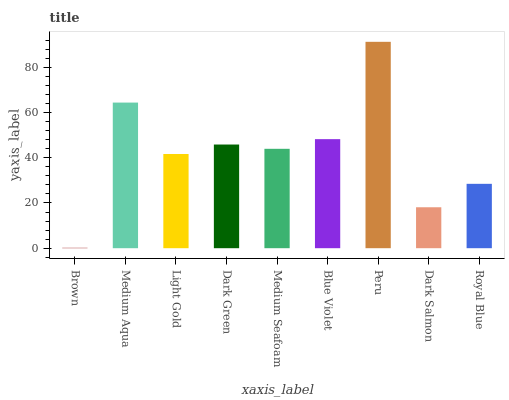
| xaxis_label | bars |
 | --- | --- |
 | Brown | 0.18 |
 | Medium Aqua | 64.4 |
 | Light Gold | 41.7 |
 | Dark Green | 45.9 |
 | Medium Seafoam | 44 |
 | Blue Violet | 48.3 |
 | Peru | 91.3 |
 | Dark Salmon | 18.1 |
 | Royal Blue | 28.5 |